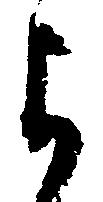
よ